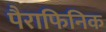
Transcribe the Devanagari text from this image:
पैराफिनिक